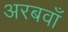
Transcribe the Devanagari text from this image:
अरबवाँ